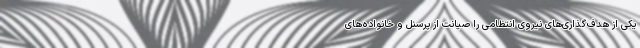
یکی از هدف‌گذاری‌های نیروی انتظامی را صیانت از پرسنل و خانواده‌های